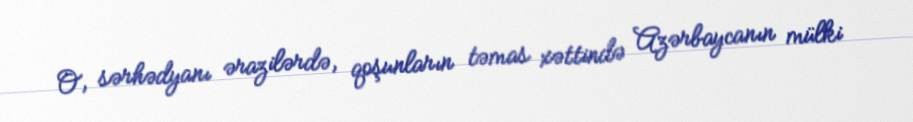
O, sərhədyanı ərazilərdə, qoşunların təmas xəttində Azərbaycanın mülki